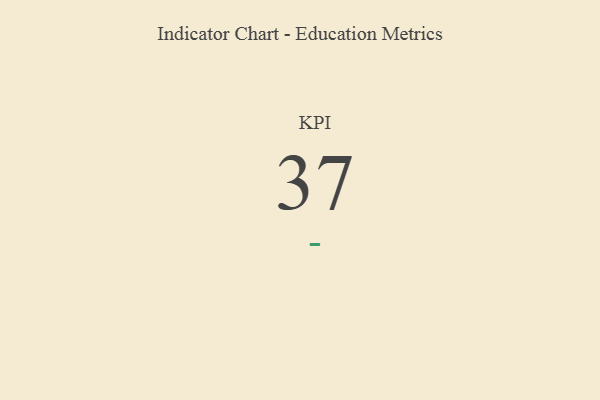
{"axis": {"x": "KPI", "y": "Value"}, "legend": [""], "data": [{"x": "KPI", "y": 37, "type": ""}]}